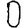
Digit: 0